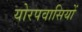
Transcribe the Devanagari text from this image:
योरपवासियों